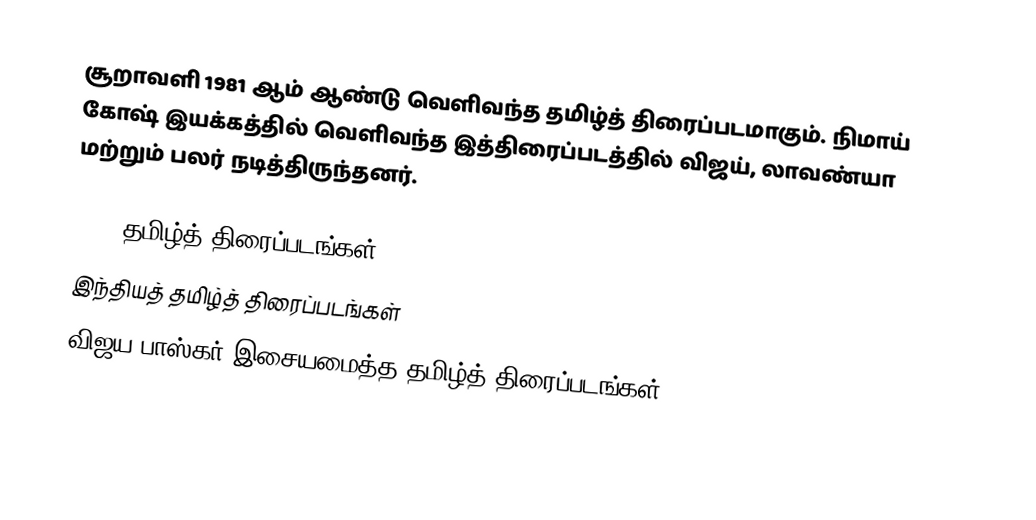
சூறாவளி 1981 ஆம் ஆண்டு வெளிவந்த தமிழ்த் திரைப்படமாகும். நிமாய் கோஷ் இயக்கத்தில் வெளிவந்த இத்திரைப்படத்தில் விஜய், லாவண்யா மற்றும் பலர் நடித்திருந்தனர்.

1981 தமிழ்த் திரைப்படங்கள்
இந்தியத் தமிழ்த் திரைப்படங்கள்
விஜய பாஸ்கர் இசையமைத்த தமிழ்த் திரைப்படங்கள்